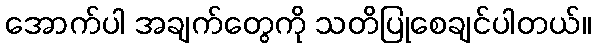
အောက်ပါ အချက်တွေကို သတိပြုစေချင်ပါတယ်။